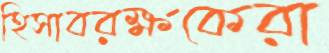
হিসাবরক্ষকেরা